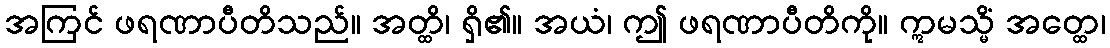
အကြင် ဖရဏာပီတိသည်။ အတ္ထိ၊ ရှိ၏။ အယံ၊ ဤ ဖရဏာပီတိကို။ ဣမသ္မိံ အတ္ထေ၊